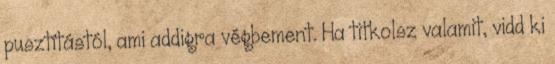
pusztítástól, ami addigra végbement. Ha titkolsz valamit, vidd ki